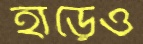
হাড়েও